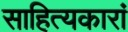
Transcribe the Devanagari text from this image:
साहित्यकारां